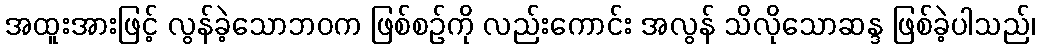
အထူးအားဖြင့် လွန်ခဲ့သောဘဝက ဖြစ်စဉ်ကို လည်းကောင်း အလွန် သိလိုသောဆန္ဒ ဖြစ်ခဲ့ပါသည်၊